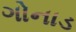
ગોનાડ